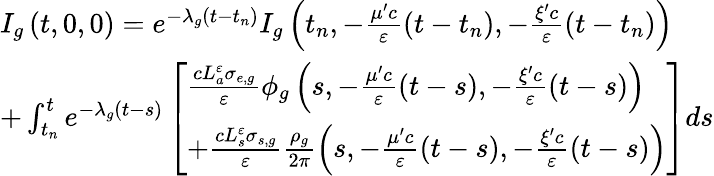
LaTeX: \begin{array}{l}{{I_{g}\left(t,\mathrm{0},\mathrm{0}\right)=e^{-\lambda_{g}\left(t-t_{n}\right)}I_{g}\left(t_{n},-\frac{\mu^{\prime}c}{\varepsilon}\left(t-t_{n}\right),-\frac{\xi^{\prime}c}{\varepsilon}\left(t-t_{n}\right)\right)}}\\ {{+\int_{t_{n}}^{t}e^{-\lambda_{g}\left(t-s\right)}\left[\begin{array}{l}{{\frac{cL_{a}^{\varepsilon}\sigma_{e,g}}{\varepsilon}\phi_{g}\left(s,-\frac{\mu^{\prime}c}{\varepsilon}\left(t-s\right),-\frac{\xi^{\prime}c}{\varepsilon}\left(t-s\right)\right)}}\\ {{+\frac{cL_{s}^{\varepsilon}\sigma_{s,g}}{\varepsilon}\frac{\rho_{g}}{\mathrm{2}\pi}\left(s,-\frac{\mu^{\prime}c}{\varepsilon}\left(t-s\right),-\frac{\xi^{\prime}c}{\varepsilon}\left(t-s\right)\right)}}\end{array}\right]ds}}\end{array}